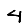
Digit: 4